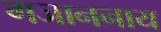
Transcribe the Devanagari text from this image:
गजाननाय